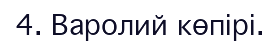
4. Варолий көпірі.